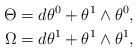
LaTeX: \begin{align*}\Theta&=d\theta^0+\theta^1\wedge\theta^0,\\*\Omega&=d\theta^1+\theta^1\wedge\theta^1,\end{align*}